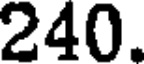
240.